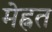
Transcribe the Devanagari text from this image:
मेह्नत